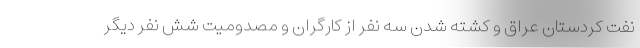
نفت کردستان عراق و کشته شدن سه نفر از کارگران و مصدومیت شش نفر دیگر